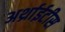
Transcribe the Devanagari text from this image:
अर्थ्राईटीस